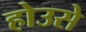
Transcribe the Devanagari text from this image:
होउसे